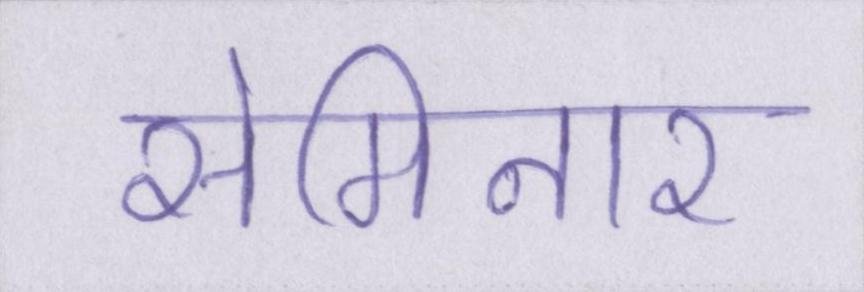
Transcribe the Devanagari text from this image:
सेमिनार